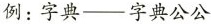
例：字典—字典公公